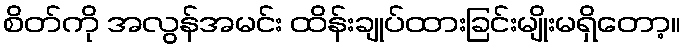
စိတ်ကို အလွန်အမင်း ထိန်းချုပ်ထားခြင်းမျိုးမရှိတော့။